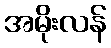
အမိုးလန်